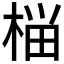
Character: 𰗶